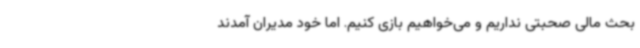
بحث مالی صحبتی نداریم و می‌خواهیم بازی کنیم. اما خود مدیران آمدند